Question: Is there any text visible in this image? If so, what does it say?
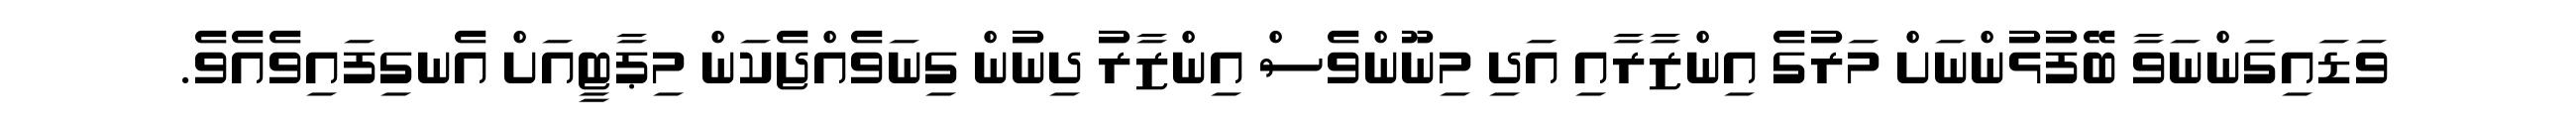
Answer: ވަޑައިގަންނަވާ ބޭފުޅުންނަށް މަރުގެ އިންޒާރާއި އަދި މިނޫންވެސް އިންޒާރު ދިނުން ގިނަވެއްޖެކަން މިޕާޓީއަށް އެނގިފައިވެއެވެ.